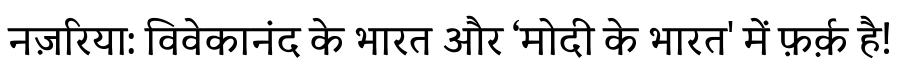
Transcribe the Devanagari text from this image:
नज़रिया: विवेकानंद के भारत और ‘मोदी के भारत' में फ़र्क़ है!